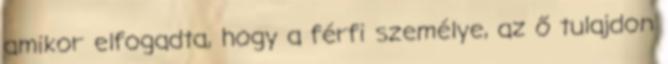
amikor elfogadta, hogy a férfi személye, az ő tulajdon